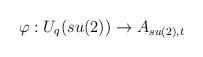
LaTeX: \begin{align*}\varphi: U_{q}(su(2)) \rightarrow A_{su(2),t}\end{align*}